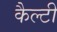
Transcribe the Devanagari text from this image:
कैल्टी